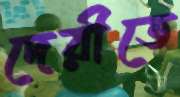
দেরীতে